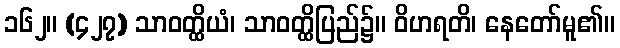
၁၆၂။ (၄၂၇) သာဝတ္ထိယံ၊ သာဝတ္ထိပြည်၌။ ဝိဟရတိ၊ နေတော်မူ၏။